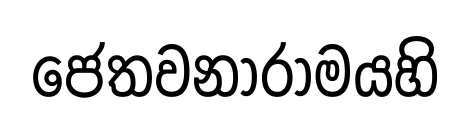
ජෙතවනාරාමයහි